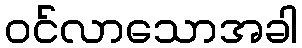
ဝင်လာသောအခါ